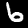
Digit: 6